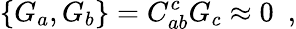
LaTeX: \{ G_{a},G_{b}\} =C_{ab}^{c}G_{c}\approx 0\, \, \, ,